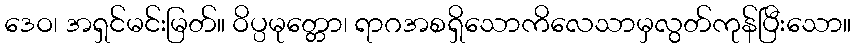
ဒေဝ၊ အရှင်မင်းမြတ်။ ဝိပ္ပမုတ္တော၊ ရာဂအစရှိသောကိလေသာမှလွတ်ကုန်ပြီးသော။